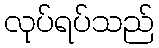
လုပ်ရပ်သည်